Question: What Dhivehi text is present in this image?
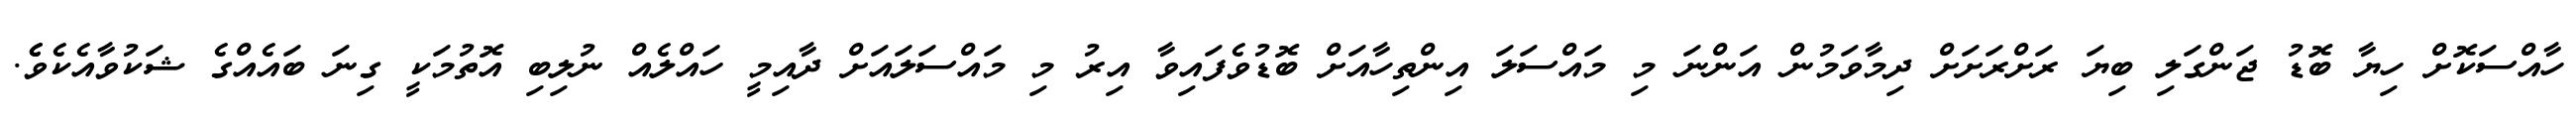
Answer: ހާއްސަކޮށް ހިޔާ ބޮޑު ޖަންގަލި ބިޔަ ރަށްރަށަށް ދިމާވަމުން އަންނަ މި މައްސަލަ އިންތިހާއަށް ބޮޑުވެފައިވާ އިރު މި މައްސަލައަށް ދާއިމީ ހައްލެއް ނުލިބި އޮތުމަކީ ގިނަ ބައެއްގެ ޝަކުވާއެކެވެެ.